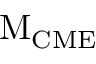
\mathrm { M _ { C M E } }